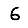
Digit: 6